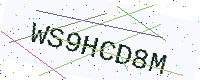
Text: WS9HCD8M